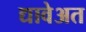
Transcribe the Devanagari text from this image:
द्यावेअत